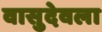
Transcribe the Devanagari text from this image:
वासुदेवला